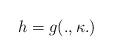
LaTeX: \begin{align*}h= g(.,\kappa.)\end{align*}